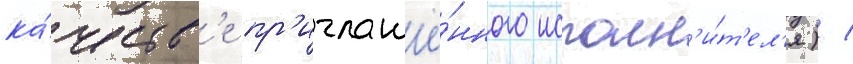
ка́честв'е пр'иглашё́нного исполн'и́т'ел'я) /